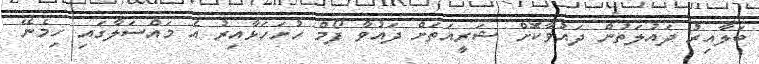
ބަލާއިރު ދައުލަތުން ދައުވާކޮށް ޝަރީއަތަށް ދައުވާ ފޯމް ހުށަހަޅާއިރު އެ މައްސަލާގައި ހިމެނޭ